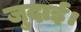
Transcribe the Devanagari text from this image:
जुदाई।